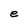
Character: e